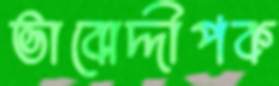
ভাবোদ্দীপক